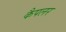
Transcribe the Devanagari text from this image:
कैपलर